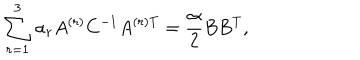
LaTeX: \sum _ { r = 1 } ^ { 3 } \alpha _ { r } A ^ { ( r ) } C ^ { - 1 } A ^ { ( r ) \mathrm { T } } = \frac { \alpha } { 2 } B B ^ { \mathrm { T } } ,